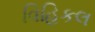
વિહિકલ